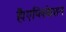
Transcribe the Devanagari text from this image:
हैं।एप्लिकेशन